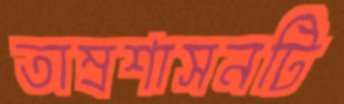
তাম্রশাসনটি